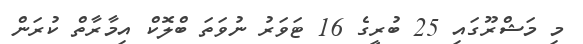
މި މަޝްރޫގައި 25 ބުރީގެ 16 ޓަވަރު ނުވަތަ ބްލޮކް އިމާރާތް ކުރަން